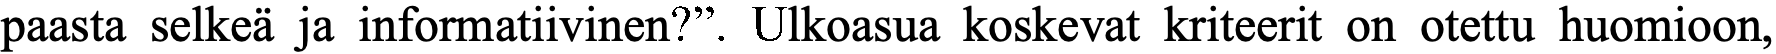
paasta selkeä ja informatiivinen?”. Ulkoasua koskevat kriteerit on otettu huomioon,